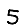
Digit: 5